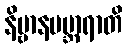
နိဗ္ဗာနပဗ္ဘာရာတိ